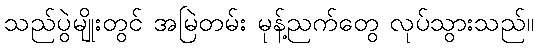
သည်ပွဲမျိုးတွင် အမြဲတမ်း မုန့်ညက်တွေ လုပ်သွားသည်။